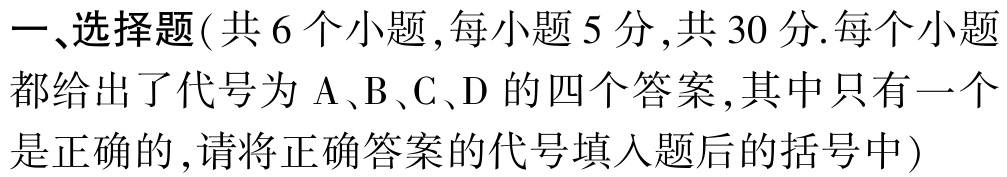
一、选择题(共 6 个小题,每小题 5 分,共 30 分.每个小题都给出了代号为 A、B、C、D 的四个答案,其中只有一个是正确的,请将正确答案的代号填入题后的括号中)